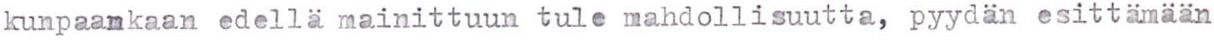
kunpaankaan edellä mainittuun tule mahdollisuutta, pyydän esittämään